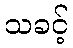
သခင့်